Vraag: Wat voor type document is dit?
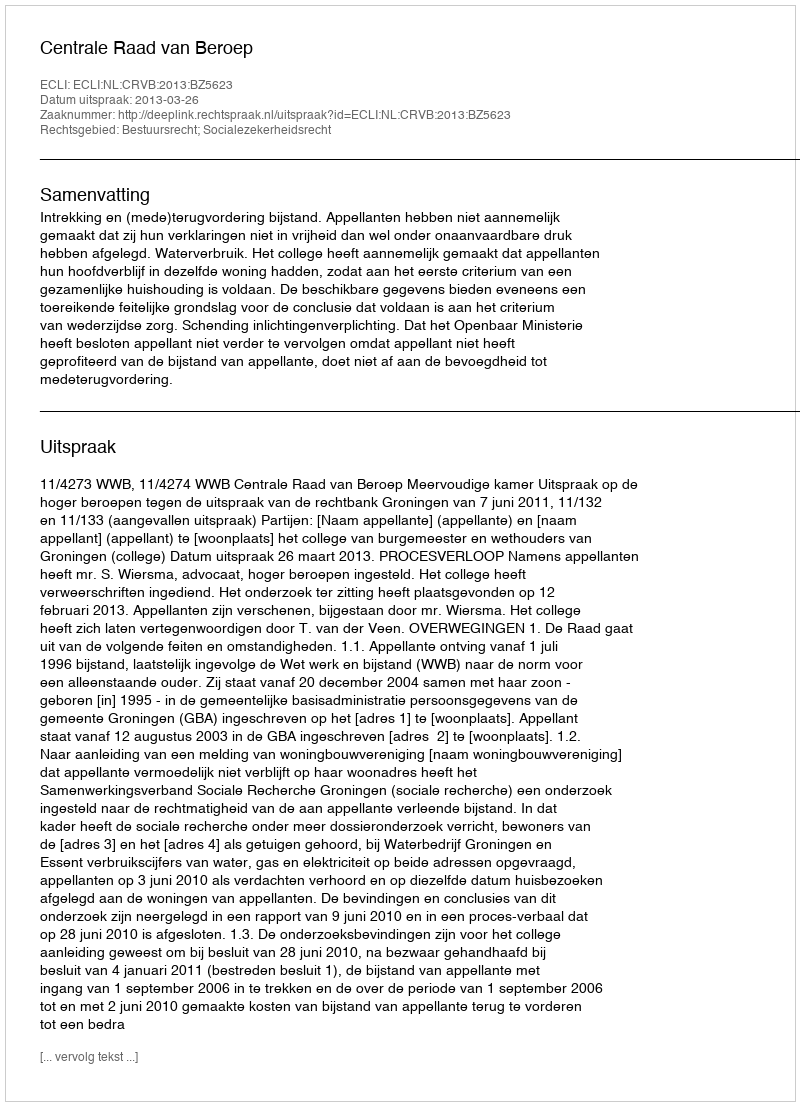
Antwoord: Uitspraak